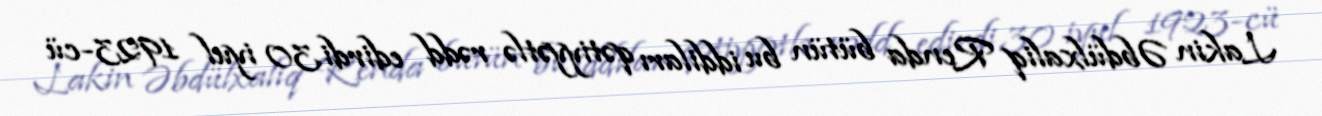
Lakin Əbdülxaliq Renda bütün bu iddiları qətiyyətlə rədd edirdi.30 iyul 1923-cü